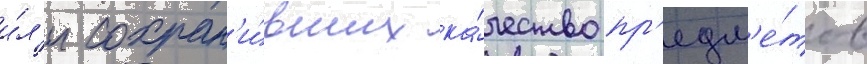
и́л'и сохран'и́вших ка́чество пр'едм'е́тов